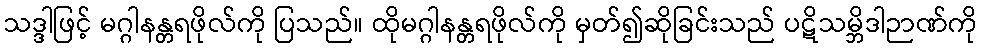
သဒ္ဒါဖြင့် မဂ္ဂါနန္တရဖိုလ်ကို ပြသည်။ ထိုမဂ္ဂါနန္တရဖိုလ်ကို မှတ်၍ဆိုခြင်းသည် ပဋိသမ္ဘိဒါဉာဏ်ကို